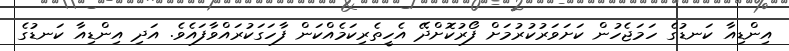
އިންޑިއާ ކަނޑުގެ ހަމަޖެހުން ކަށަވަރުކުރުމަށް ފޯރުކޮށްދޭ އެހީތެރިކަމެއްކަން ފާހަގަކުރައްވާފައެވެ. އަދި އިންޑިއާ ކަނޑުގެ